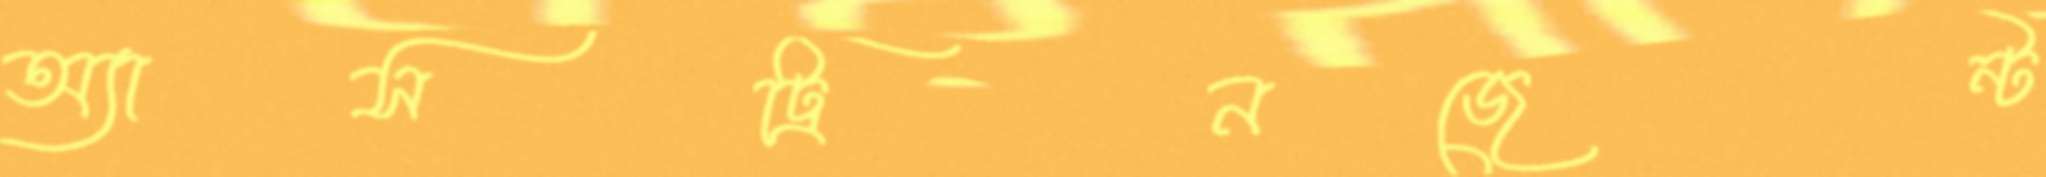
অ্যাসট্রিনজেন্ট